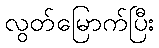
လွတ်မြောက်ပြီး